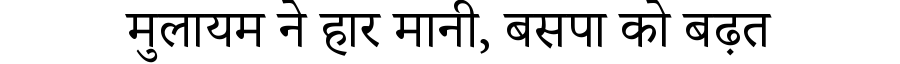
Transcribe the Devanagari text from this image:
मुलायम ने हार मानी, बसपा को बढ़त